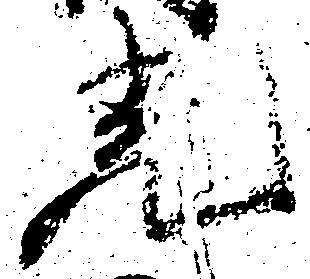
光